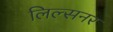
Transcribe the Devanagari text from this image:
लिल्सनर